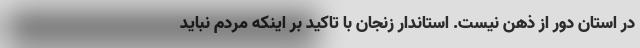
در استان دور از ذهن نیست. استاندار زنجان با تاکید بر اینکه مردم نباید